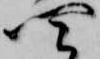
四